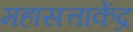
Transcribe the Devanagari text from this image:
महासत्ताकेंद्र